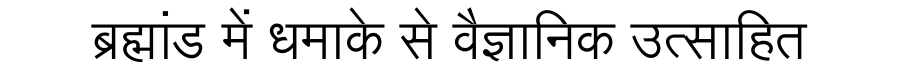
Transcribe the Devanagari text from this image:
ब्रह्मांड में धमाके से वैज्ञानिक उत्साहित